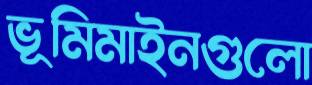
ভূমিমাইনগুলো